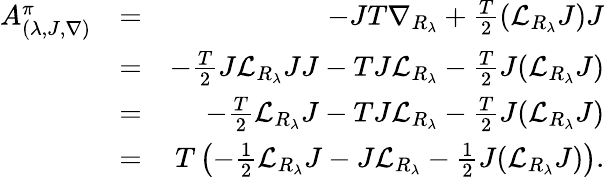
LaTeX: \begin{array}{rlr}{A_{(\lambda,J,\nabla)}^{\pi}}&{=}&{-JT\nabla_{R_{\lambda}}+\frac{T}{2}({\mathcal L}_{R_{\lambda}}J)J}\\ &{=}&{-\frac{T}2J{\mathcal L}_{R_{\lambda}}JJ-TJ{\mathcal L}_{R_{\lambda}}-\frac{T}{2}J({\mathcal L}_{R_{\lambda}}J)}\\ &{=}&{-\frac{T}2{\mathcal L}_{R_{\lambda}}J-TJ{\mathcal L}_{R_{\lambda}}-\frac{T}{2}J({\mathcal L}_{R_{\lambda}}J)}\\ &{=}&{T\left(-\frac 12{\mathcal L}_{R_{\lambda}}J-J{\mathcal L}_{R_{\lambda}}-\frac{1}{2}J({\mathcal L}_{R_{\lambda}}J)\right).}\end{array}